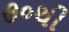
૭૦થી